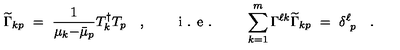
\widetilde { \Gamma } _ { k p } \ = \ \frac { 1 } { \mu _ { k } { - } \bar { \mu } _ { p } } T _ { k } ^ { \dagger } T _ { p } \quad , \qquad \textrm { i . e . } \qquad \sum _ { k = 1 } ^ { m } \Gamma ^ { \ell k } \widetilde { \Gamma } _ { k p } \ = \ \delta _ { \ p } ^ { \ell } \quad .